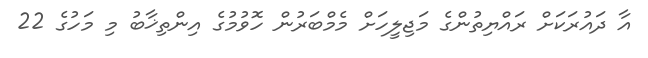
އާ ދައުރަކަށް ރައްޔިތުންގެ މަޖިލީހަށް މެމްބަރުން ހޮވުމުގެ އިންތިޚާބު މި މަހުގެ 22